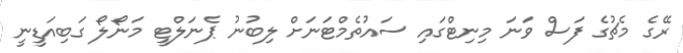
ރޭގެ މެޗުގެ ފަސް ވަނަ މިނިޓްގައި ސައުތެމްޓަނަށް ލިބުނު ޕެނަލްޓީ މަނޯލޯ ގަބިއަޑީނީ